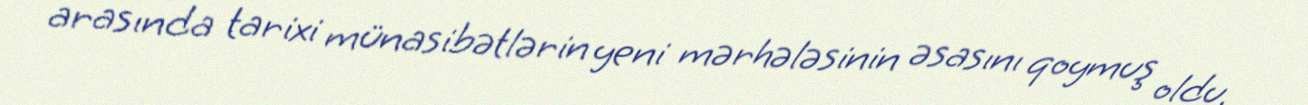
arasında tarixi münasibətlərin yeni mərhələsinin əsasını qoymuş oldu.